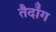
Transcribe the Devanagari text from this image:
तैदॉँग